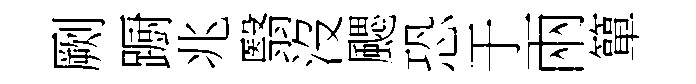
劂蹰兆翳沒颸恐于兩簞